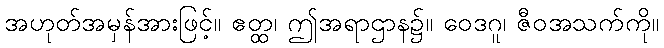
အဟုတ်အမှန်အားဖြင့်။ ဧတ္ထ၊ ဤအရာဌာန၌။ ဝေဒဂူ၊ ဇီဝအသက်ကို။